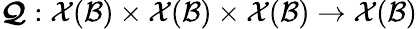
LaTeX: \boldsymbol{\mathcal{Q}}:\mathcal{X}(\mathcal{B})\times\mathcal{X}(\mathcal{B})\times\mathcal{X}(\mathcal{B})\rightarrow\mathcal{X}(\mathcal{B})